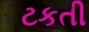
ટકતી